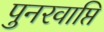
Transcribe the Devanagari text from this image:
पुनरवाप्ति